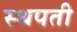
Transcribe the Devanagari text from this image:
स्थपती